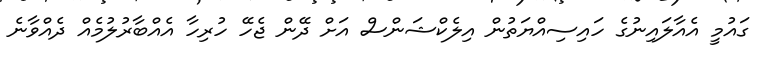
ގައުމީ އެއާލައިނުގެ ހައިސިއްޔަތުން އިލެކްޝަންސް އަށް ދޭން ޖެހޭ ހުރިހާ އެއްބާރުލުމެއް ދެއްވާނެ